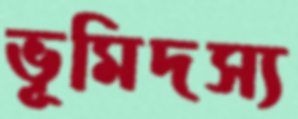
ভূমিদস্য